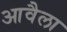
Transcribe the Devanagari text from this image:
आवैला